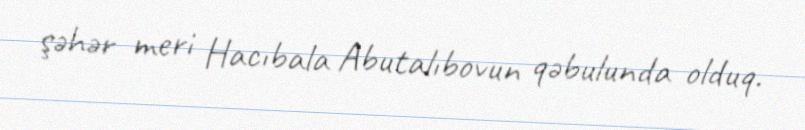
şəhər meri Hacıbala Abutalıbovun qəbulunda olduq.